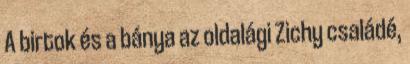
A birtok és a bánya az oldalági Zichy családé,